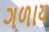
ગળાય